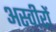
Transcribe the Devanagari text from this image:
अस्वीरों